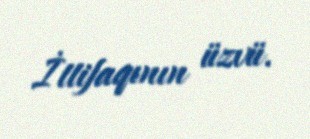
İttifaqının üzvü.